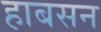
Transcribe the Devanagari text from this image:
हाबसन